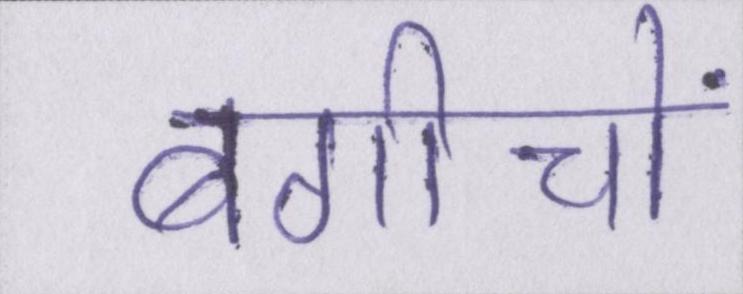
बगीचों